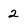
Character: 2